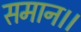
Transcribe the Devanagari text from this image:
समान।।